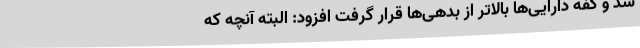
شد و کفه دارایی‌ها بالاتر از بدهی‌ها قرار گرفت افزود: البته آنچه که